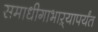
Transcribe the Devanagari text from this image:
समाधीगाभाऱ्यापर्यंत